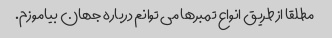
مطلقا از طریق انواع تمبرها می توانم درباره جهان بیاموزم.